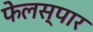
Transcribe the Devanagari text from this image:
फेलस्पार